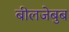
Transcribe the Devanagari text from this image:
बीलजेबुब